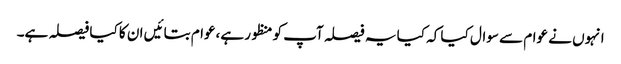
انہوں نے عوام سے سوال کیا کہ کیا یہ فیصلہ آپ کو منظور ہے،عوام بتائیں ان کا کیا فیصلہ ہے۔